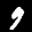
Label: 9